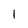
Character: 1